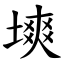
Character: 塽